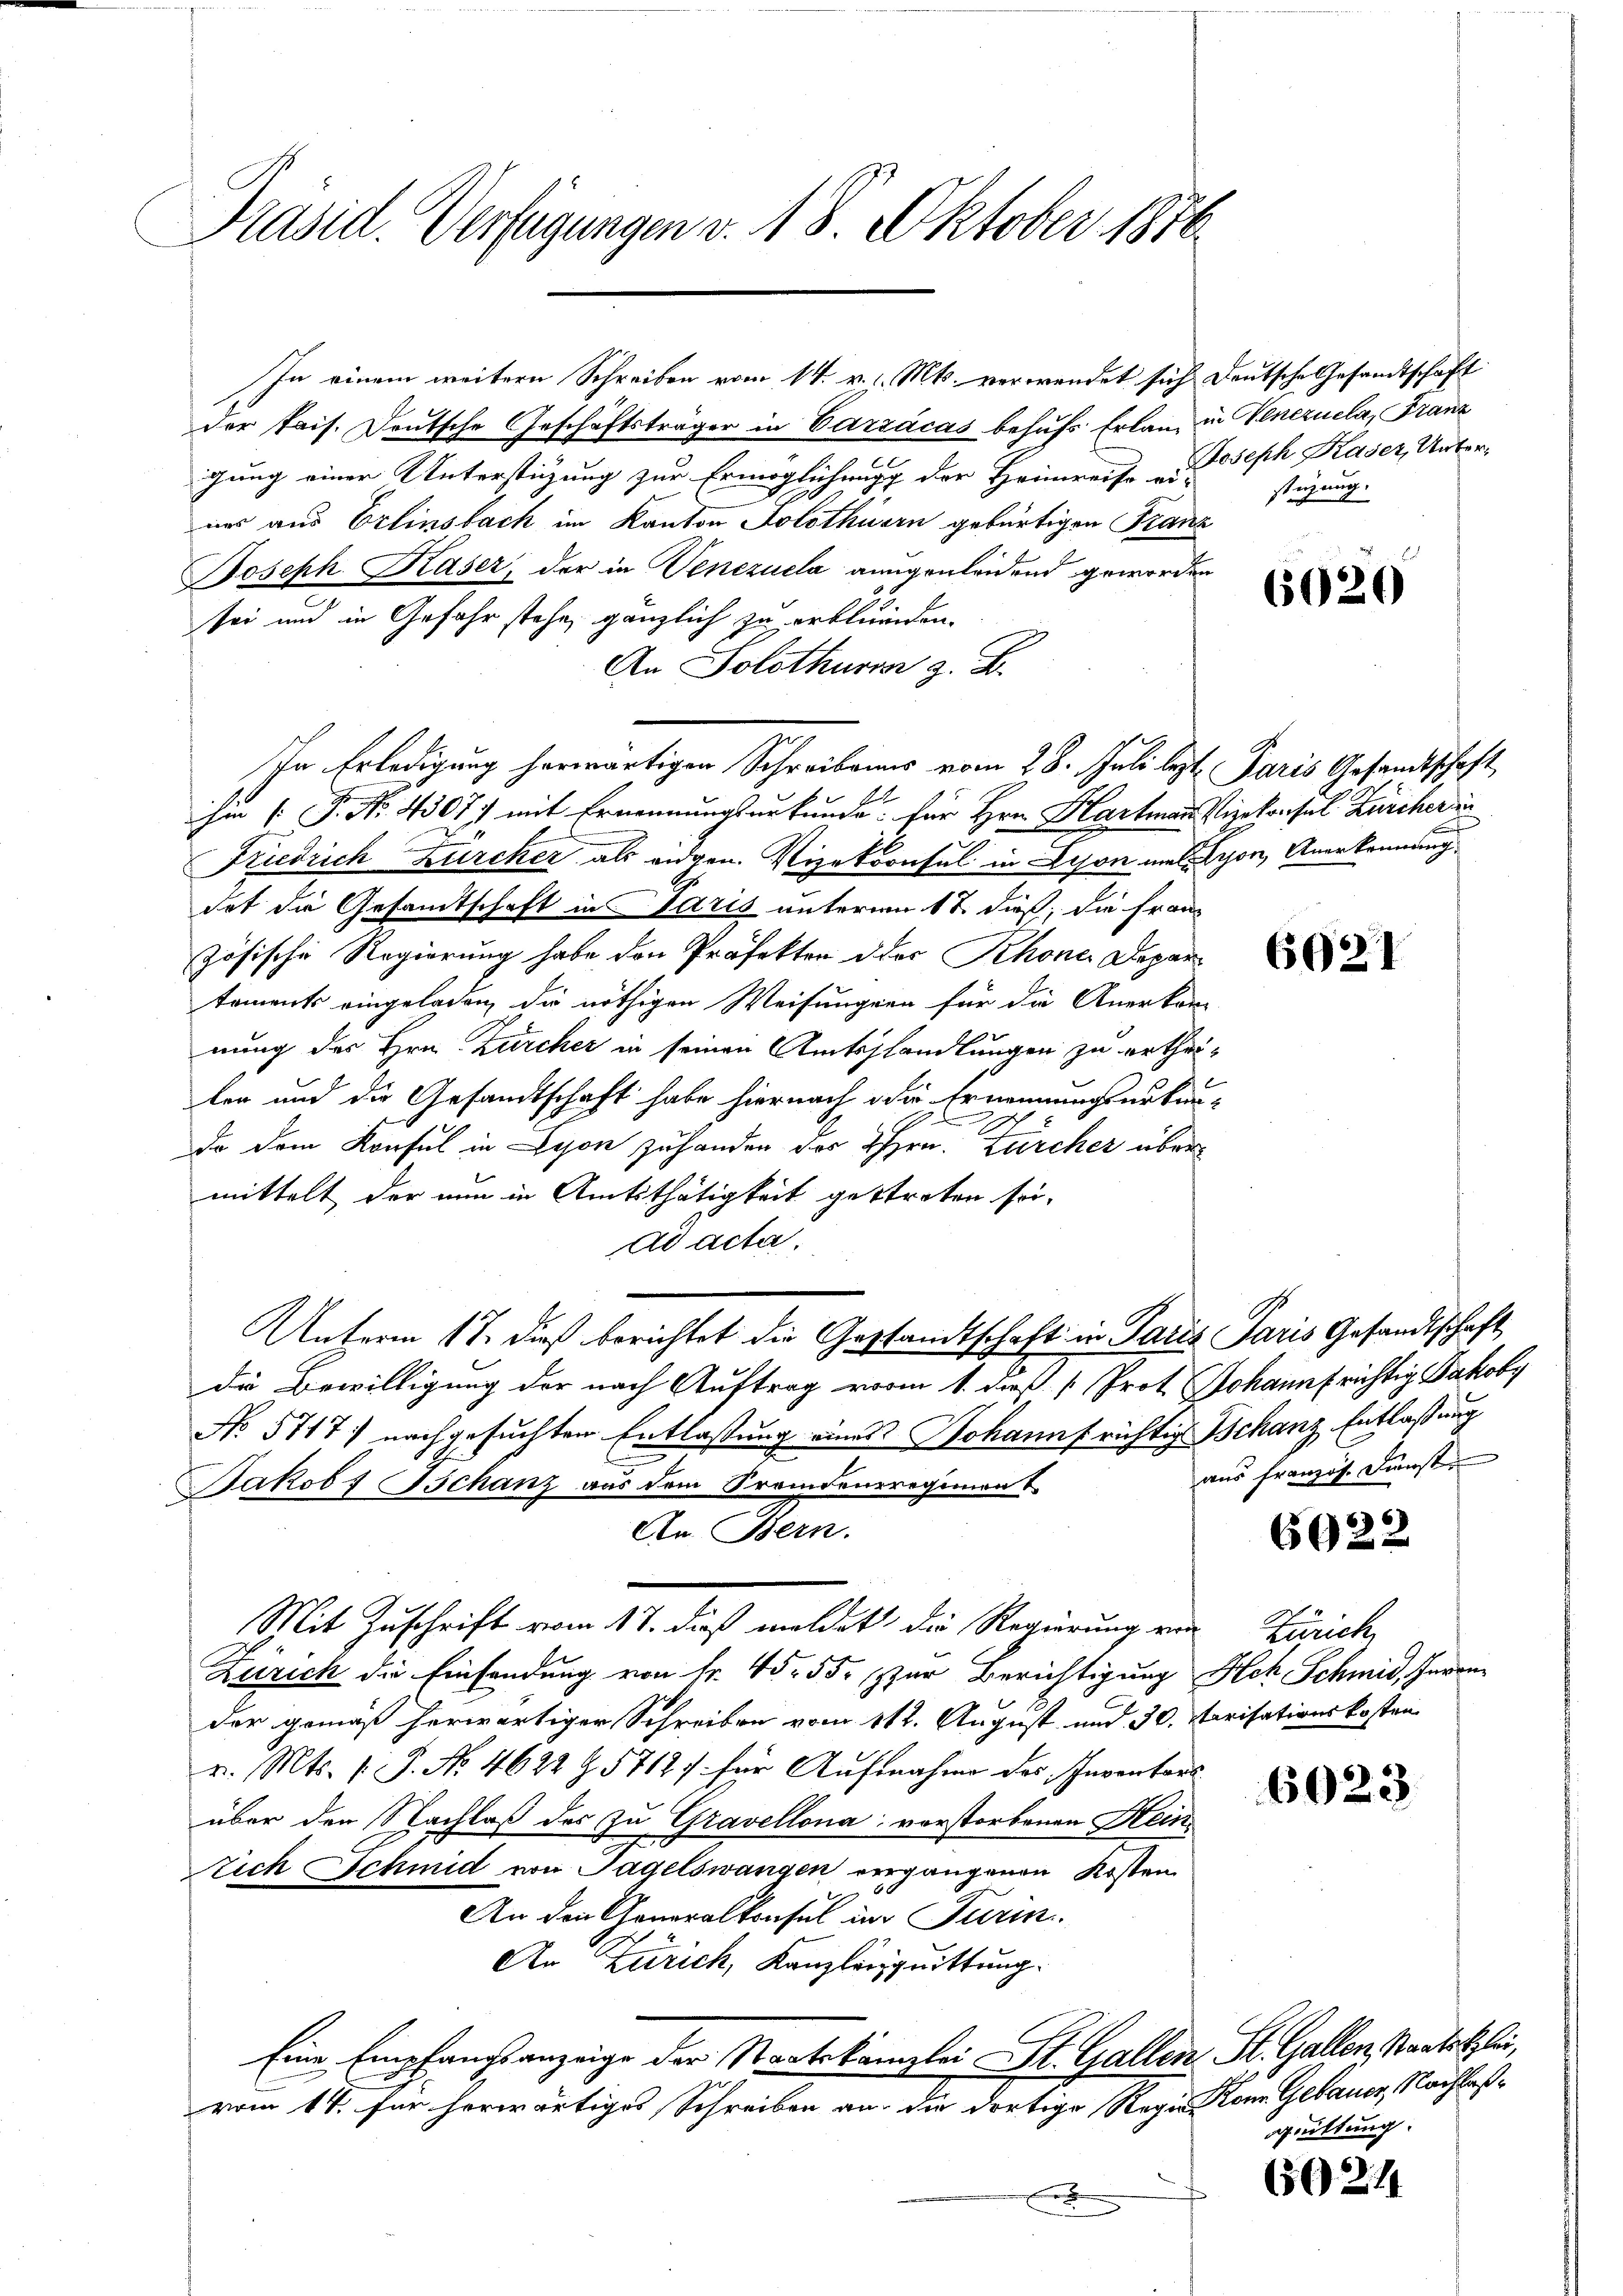
Präsid. Verfügungen v. 18. Oktober 1876

In einem weitern Schreiben vom 14. v. d. Mts. verwendet sich deutsche Gesandtschaft

der Pais. Deutsche Geschäftsträger in Vazzacas behufs Erlang in Venezuela, Franz
gung einer Unterstüzung zur Ermöglichung der Heimreise seph Kaser, Unterues aus Erlinsbach im Kanton Solothurn gebürtigen Franz
Joseph Kaser, der in Venezuela augenleidend geworden
sei und in Gefahr stehe, gänzlich zu erbländen.
An Solothurner z. B.
In Erledigung herwärtigen Schreibens vom 28. Juli lezt Paris Gesandtschaft
hin ( P. No. 4307) mit Ernennungsurkunde für Hrn. Hartmann Vizekonsul Zürcher in
Friedrich Zürcher als eidgen. Vizekonsul in Lison mit Schon, Anerkennung
det die Gesamtschaft in Paris unterren 12 dieß, die Französische Regierung habe den Präfekter der Rhone Depar
taments eingeladen, die nöthigen Weisungen für die Anerkann
nung des Hrn. Zürcher in seinen Amtshandlungen zu ertheilen und die Gesandtschaft habe hiernach die Ernennungsurkun¬
9.
da dem Konsul in Lyon zuhanden des Hrn. Zürcher über
mittelt der nun in Amtsthätigkeit gestreten sei
ad acta.
Unterm 17. dieß berichtet die Gestandtschaft in Paris Paris Gesandtschaft
die Bewilligung der nach Auftrag vom 1. daß [ Prot. Johann frichtig Backoby
No 5717) nachgesuchten Entlassung eines Johannf richtig Schanz Entlaßung
Jakob Bchanz aus dem Fremdensregiment
An Bern.
Mit Zuschrift vom 17. dieß meldet die Regierung von Zürich,
Zürich die Einsendung von fr. 45. 55. zur Berichtigung Ach Schmid, Invon
der gemäß herwärtiger Schreiben vom 11t. August und 30. Perisationskosten
v. Mts. v. J. No 4622 Z. 57127 für Aufnahme des Inventars.
über den Nachlaß des zu Gravellona vorstorbenen Stein¬
Nich Schmid von Tagelswangen vergangenen Kosten
An den Generalkonsul in Turin
An Zürich, Kanzleiiquittung.
Eine Empfangsanzeige der Staatskanzlei St. Gallen. St. Gallen Staatsklein,
vom 14. für herwärtiges Schreiben an die dortige Regien Kron Gebauer, Nachlaße

stüzung.

6020

6921

aus französ. Künste

6022

6023

grüttung.

6021